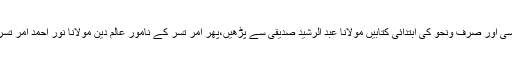
حفظ کلام پاک کے بعد مدل تک سکوم میں تعلیم حاصل کی، بعد ازاں فارسی اور صرف ونحو کی ابتدائی کتابیں مولانا عبد الرشید صدیقی سے پڑھیں،پھر امر تسر کے نامور عالم دین مولانا نور احمد امر تسری(محشی مکتوبات شریف)کی خدمت میں حاضر ہوکر اکتساب فیض کیا۔